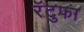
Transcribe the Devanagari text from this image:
रॅटुफा